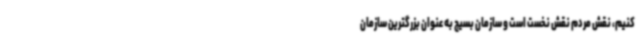
کنیم، نقش مردم نقش نخست است و سازمان بسیج به عنوان بزرگترین سازمان